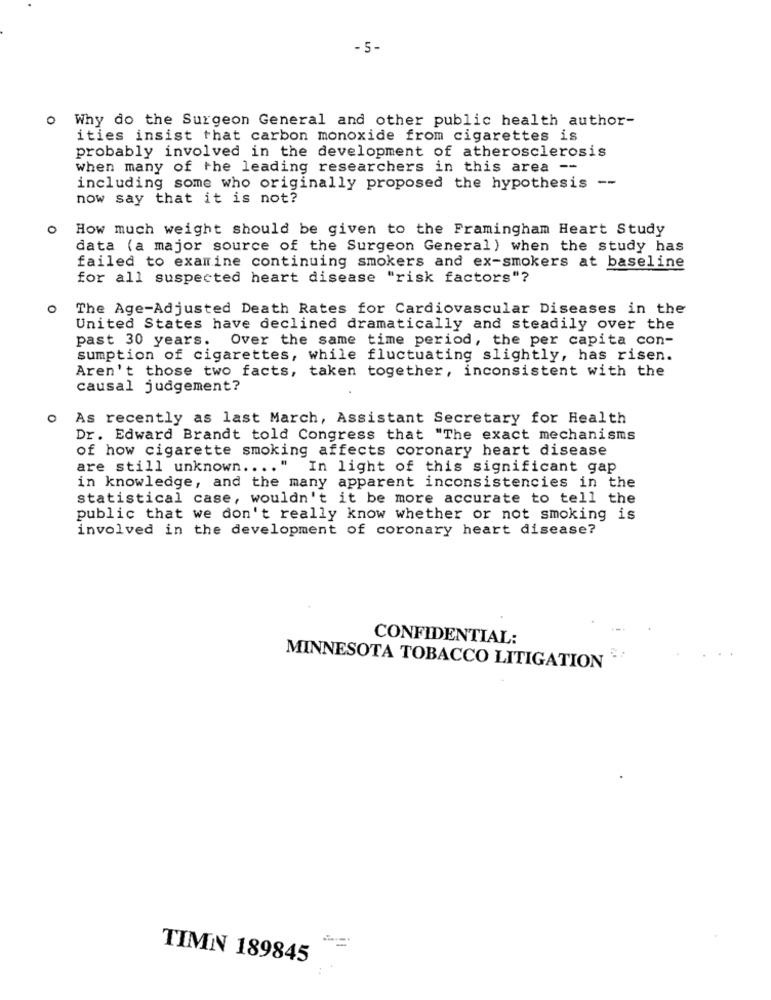
- 5 -
o Why do the Surgeon General and other public health author-
ities insist that carbon monoxide from cigarettes is
probably involved in the development of atherosclerosis
when many of the leading researchers in this area --
including some who originally proposed the hypothesis --
now say that it is not?
0
How much weight should be given to the Framingham Heart Study
data (a major source of the Surgeon General) when the study has
failed to examine continuing smokers and ex-smokers at baseline
for all suspected heart disease "risk factors"?
The Age-Adjusted Death Rates for Cardiovascular Diseases in the
United States have declined dramatically and steadily over the
past 30 years. Over the same time period, the per capita con-
sumption of cigarettes, while fluctuating slightly, has risen.
Aren't those two facts, taken together, inconsistent with the
causal judgement?
0
As recently as last March, Assistant Secretary for Health
Dr. Edward Brandt told Congress that "The exact mechanisms
of how cigarette smoking affects coronary heart disease
are still unknown .... " In light of this significant gap
in knowledge, and the many apparent inconsistencies in the
statistical case, wouldn't it be more accurate to tell the
public that we don't really know whether or not smoking is
involved in the development of coronary heart disease?
CONFIDENTIAL:
MINNESOTA TOBACCO LITIGATION
TIMN 189845